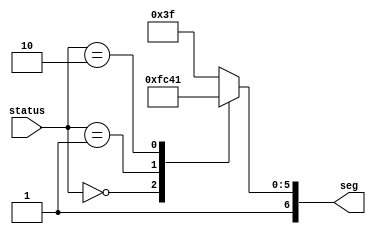
`timescale 1ns / 1ps
//////////////////////////////////////////////////////////////////////////////////
// Company: 
// Engineer: 
// 
// Design Name: 
// Module Name: seg_status
// Project Name: 
// Target Devices: 
// Tool Versions: 
// Description: 
// 
// Dependencies: 
// 
// Revision:
// Revision 0.01 - File Created
// Additional Comments:
// 
//////////////////////////////////////////////////////////////////////////////////


module seg_status(
    input [1:0] status,
    output reg [6:0] seg
    );
    
    always @ (status)
    begin
        case (status)
        2'b00 : seg = 7'b1001111; // I = Initial
        2'b01 : seg = 7'b1110001; // L = Locked
        2'b10 : seg = 7'b1000001; // U = Unlocked
        default : seg = 7'b1111111;
        endcase
    end
endmodule